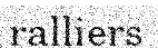
ralliers